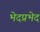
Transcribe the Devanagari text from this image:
भेदप्रभेद